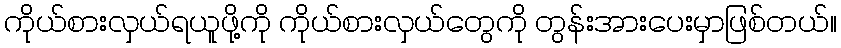
ကိုယ်စားလှယ်ရယူဖို့ကို ကိုယ်စားလှယ်တွေကို တွန်းအားပေးမှာဖြစ်တယ်။